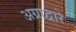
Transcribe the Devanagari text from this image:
अग्राद्वारे